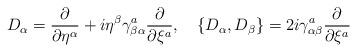
LaTeX: \begin{align*}D_\alpha={\partial\over{\partial\eta^\alpha}}+i\eta^\beta\gamma^a_{\beta\alpha}{\partial\over{\partial\xi^a}}, \quad\{D_\alpha,D_\beta\}=2i\gamma^a_{\alpha\beta}{\partial\over{\partial\xi^a}}\end{align*}